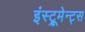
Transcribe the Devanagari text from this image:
इंस्ट्रूमेन्ट्स